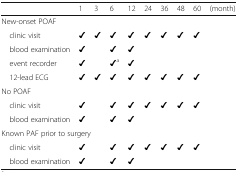
<table><thead><tr><td></td><td><b>1</b></td><td><b>3</b></td><td><b>6</b></td><td><b>12</b></td><td><b>24</b></td><td><b>36</b></td><td><b>48</b></td><td><b>60</b></td><td><b>(month)</b></td></tr></thead><tbody><tr><td colspan="10">New-onset POAF</td></tr><tr><td> clinic visit</td><td>✔</td><td>✔</td><td>✔</td><td>✔</td><td>✔</td><td>✔</td><td>✔</td><td>✔</td><td></td></tr><tr><td> blood examination</td><td>✔</td><td></td><td>✔</td><td>✔</td><td></td><td></td><td></td><td></td><td></td></tr><tr><td> event recorder</td><td>✔</td><td></td><td>✔<sup>a</sup></td><td>✔</td><td></td><td></td><td></td><td></td><td></td></tr><tr><td> 12-lead ECG</td><td>✔</td><td>✔</td><td>✔</td><td>✔</td><td>✔</td><td>✔</td><td>✔</td><td>✔</td><td></td></tr><tr><td colspan="10">No POAF</td></tr><tr><td> clinic visit</td><td>✔</td><td></td><td>✔</td><td>✔</td><td>✔</td><td>✔</td><td>✔</td><td>✔</td><td></td></tr><tr><td> blood examination</td><td>✔</td><td></td><td>✔</td><td>✔</td><td></td><td></td><td></td><td></td><td></td></tr><tr><td colspan="10">Known PAF prior to surgery</td></tr><tr><td> clinic visit</td><td>✔</td><td></td><td>✔</td><td>✔</td><td>✔</td><td>✔</td><td>✔</td><td>✔</td><td></td></tr><tr><td> blood examination</td><td>✔</td><td></td><td>✔</td><td>✔</td><td></td><td></td><td></td><td></td><td></td></tr></tbody></table>